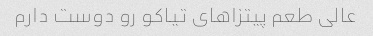
عالی طعم پیتزا‌های تیاکو رو دوست دارم